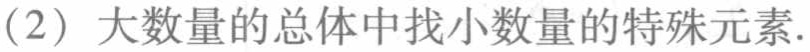
（2）大数量的总体中找小数量的特殊元素.